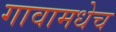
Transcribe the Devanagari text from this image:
गावामधेच